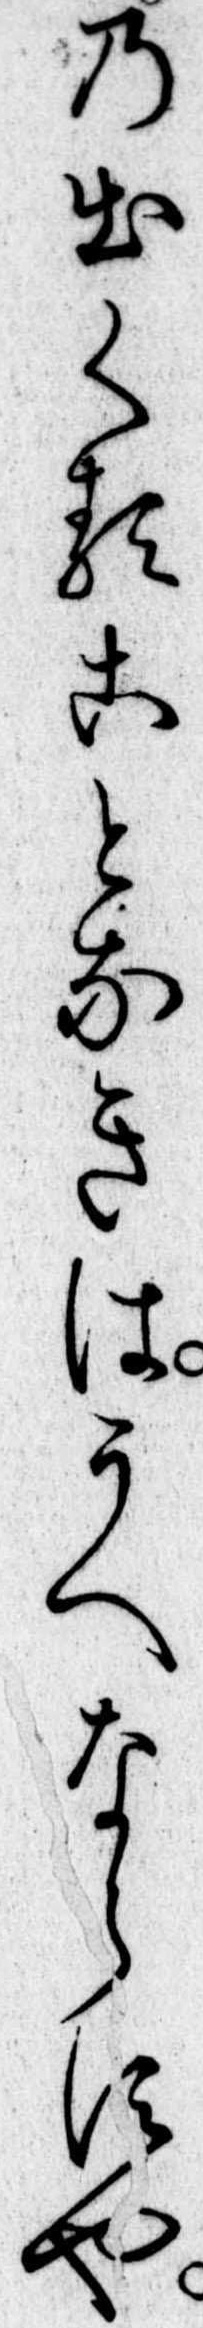
の出くることなきはうへならすや